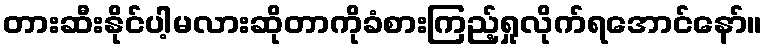
တားဆီးနိုင်ပါ့မလားဆိုတာကိုခံစားကြည့်ရှုလိုက်ရအောင်နော်။